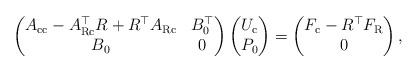
LaTeX: \begin{align*} \begin{pmatrix} A_{\mathrm{c}\mathrm{c}} - A_{\mathrm{R}\mathrm{c}}^{\top} R + R^{\top} A_{\mathrm{R}\mathrm{c}} & B_0^{\top} \\ B_0 & 0 \\ \end{pmatrix} \begin{pmatrix} U_\mathrm{c}\\ P_0 \end{pmatrix} = \begin{pmatrix} F_\mathrm{c} - R^\top F_\mathrm{R}\\ 0 \end{pmatrix},\end{align*}